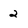
Character: 2